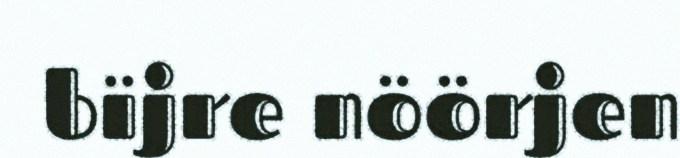
bïjre nöörjen